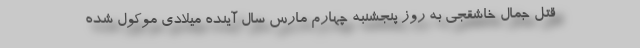
قتل جمال خاشقجی به روز پنجشنبه چهارم مارس سال آینده میلادی موکول شده